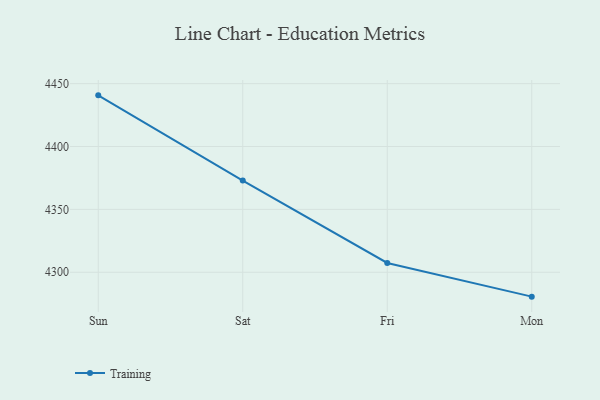
{"axis": {"x": "Day", "y": "Operating Costs (USD K)"}, "legend": ["Training"], "data": [{"x": "Sun", "y": 4440.7, "type": "Training"}, {"x": "Sat", "y": 4372.9, "type": "Training"}, {"x": "Fri", "y": 4307.4, "type": "Training"}, {"x": "Mon", "y": 4280.6, "type": "Training"}]}